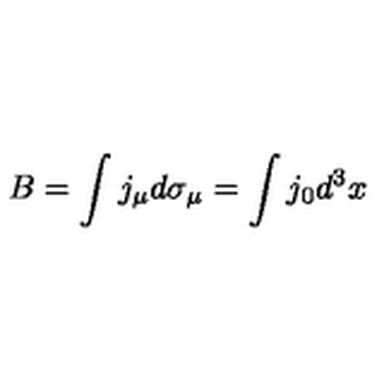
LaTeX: B = \int j _ { \mu } d \sigma _ { \mu } = \int j _ { 0 } d ^ { 3 } x